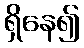
ရှိနေ၍